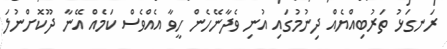
ރަނގަޅު ތަރުބިއްޔެއް ދިނުމުގައި އުނި ވެދާނޭހެން ހީވާ އެއްވެސް ކަމެއް އޭނާ ދޫކޮށްނުލަ